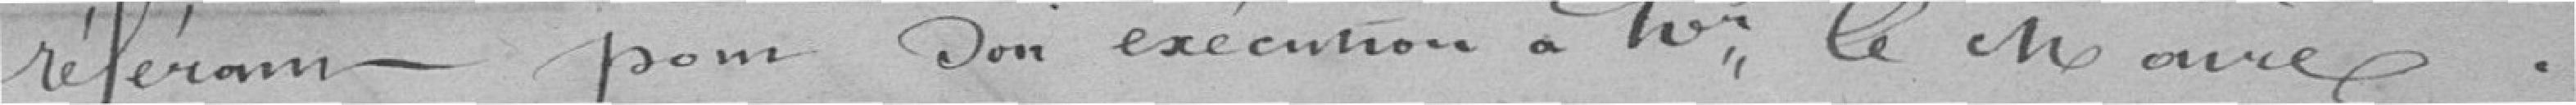
feram - pom Don exécution a toi, le che ance .